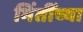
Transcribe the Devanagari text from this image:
भिंतींच्या